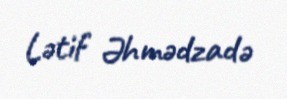
Lətif Əhmədzadə